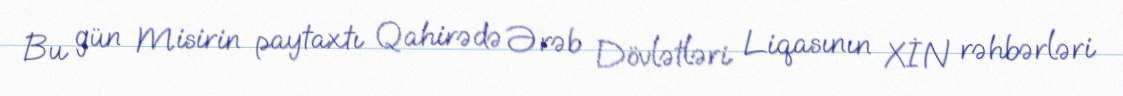
Bu gün Misirin paytaxtı Qahirədə Ərəb Dövlətləri Liqasının XİN rəhbərləri